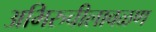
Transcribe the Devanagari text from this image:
अभिरुचीलावळण